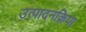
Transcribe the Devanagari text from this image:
उत्पादनक्रिया